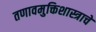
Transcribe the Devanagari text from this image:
तणावमुक्तिशास्त्राचे